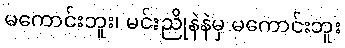
မကောင်းဘူး၊ မင်းညိုနဲနဲမှ မကောင်းဘူး